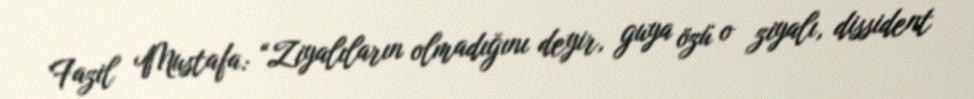
Fazil Mustafa: “Ziyalıların olmadığını deyir, guya özü o ziyalı, dissident